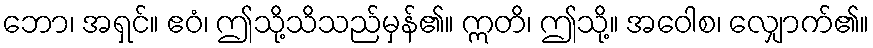
ဘော၊ အရှင်။ ဧဝံ၊ ဤသို့သိသည်မှန်၏။ ဣတိ၊ ဤသို့။ အဝေါစ၊ လျှောက်၏။